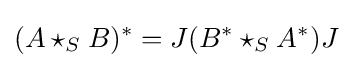
(A\star _{S}B)^{*}=J(B^{*}\star _{S}A^{*})J